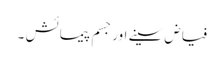
فیاض سینے اور جسم پیمائش ۔